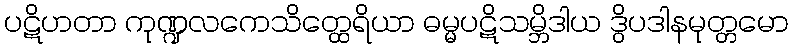
ပဋိဟတာ ကုဏ္ဍလကေသိတ္ထေရိယာ ဓမ္မပဋိသမ္ဘိဒါယ ဒွိပဒါနမုတ္တမော